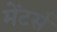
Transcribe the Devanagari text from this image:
मेंटर्स